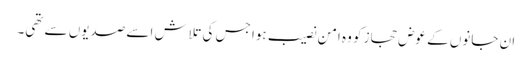
ان جانوں کے عوض حجاز کو وہ امن نصیب ہوا جس کی تلاش اسے صدیوں سے تھی۔